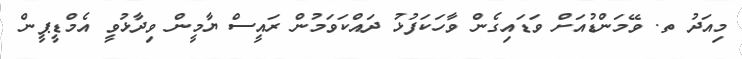
މިއަދު ތ. ވޭމަންޑުއަށް ވަޑައިގެން ވާހަކަފުޅު ދައްކަވަމުން ރައީސް ޔާމީން ވިދާޅުވީ އެމްޑީޕީން